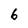
Character: 6